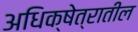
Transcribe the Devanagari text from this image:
अधिक्षेत्रातील